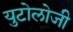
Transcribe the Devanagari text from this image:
युटोलोजी